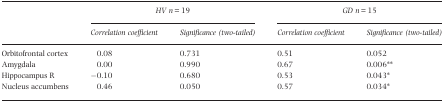
| <ROWSPAN=2>  | <COLSPAN=2> HV n = 19 | <COLSPAN=2> GD n = 15 |
 | Correlation coefficient | Significance (two‐tailed) | Correlation coefficient | Significance (two‐tailed) |
 | --- | --- | --- | --- | --- |
 | Orbitofrontal cortex | 0.08 | 0.731 | 0.51 | 0.052 |
 | Amygdala | 0.00 | 0.990 | 0.67 | 0.006** |
 | Hippocampus R | −0.10 | 0.680 | 0.53 | 0.043* |
 | Nucleus accumbens | 0.46 | 0.050 | 0.57 | 0.034* |